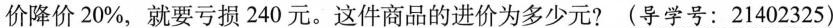
价降价20\%，就要亏损240元。这件商品的进价为多少元?(导学号：21402325)